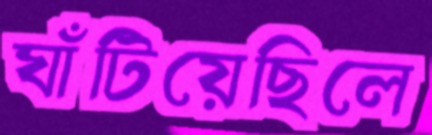
ঘাঁটিয়েছিলে